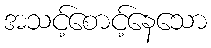
အသင့်စောင့်နေသော